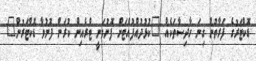
ޑޮކްޓަރުގެ ފަރާތުން ގިނަ ހާދިސާތަކެއް "ކުޅުދުއްފުއްޓަށް ފޮނުވަނީ ޓްރެއިން ކުރަން ފޮނުވާ ޑޮކްޓަރުން"